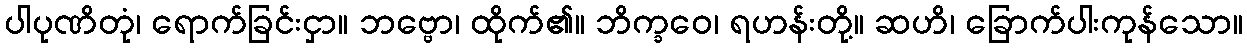
ပါပုဏိတုံ၊ ရောက်ခြင်းငှာ။ ဘဗ္ဗော၊ ထိုက်၏။ ဘိက္ခဝေ၊ ရဟန်းတို့။ ဆဟိ၊ ခြောက်ပါးကုန်သော။